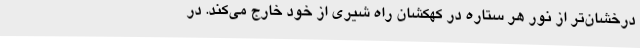
درخشان‌تر از نور هر ستاره در کهکشان راه شیری از خود خارج می‌کند. در